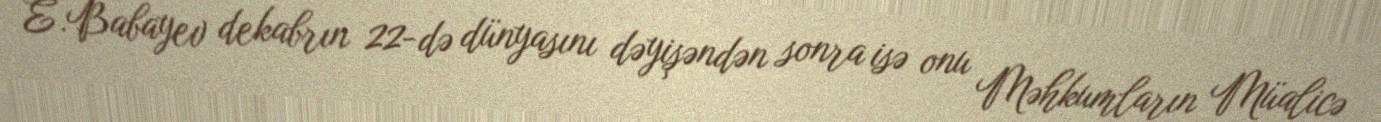
E.Babayev dekabrın 22-də dünyasını dəyişəndən sonra isə onu Məhkumların Müalicə